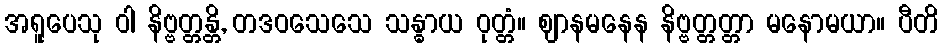
အရူပေသု ဝါ နိဗ္ဗတ္တန္တိ, တဒဝသေသေ သန္ဓာယ ဝုတ္တံ။ ဈာနမနေန နိဗ္ဗတ္တတ္တာ မနောမယာ။ ပီတိ